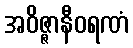
အဝိဇ္ဇာနီဝရဏံ